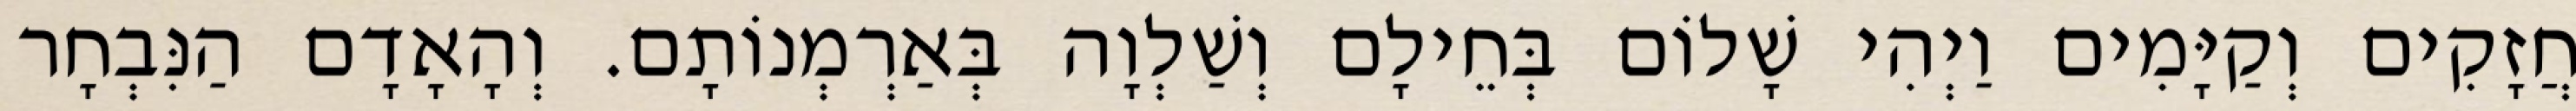
חֲזָקִים וְקַיָּמִים וַיְהִי שָׁלוֹם בְּחֵילָם וְשַׁלְוָה בְּאַרְמְנוֹתָם. וְהָאָדָם הַנִּבְחָר